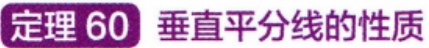
定理 60  垂直平分线的性质